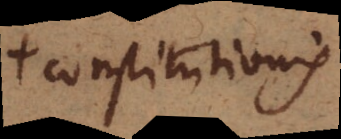
constitutionis